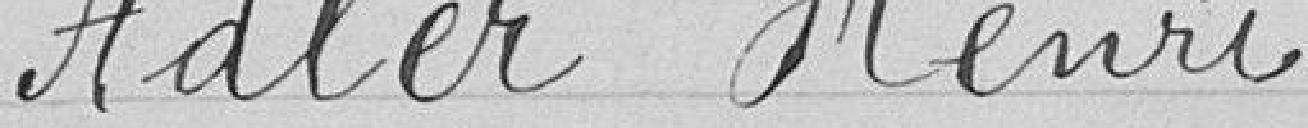
Adler Henri